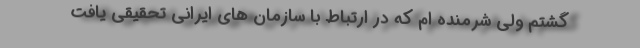
گشتم ولی شرمنده ام که در ارتباط با سازمان های ایرانی تحقیقی یافت